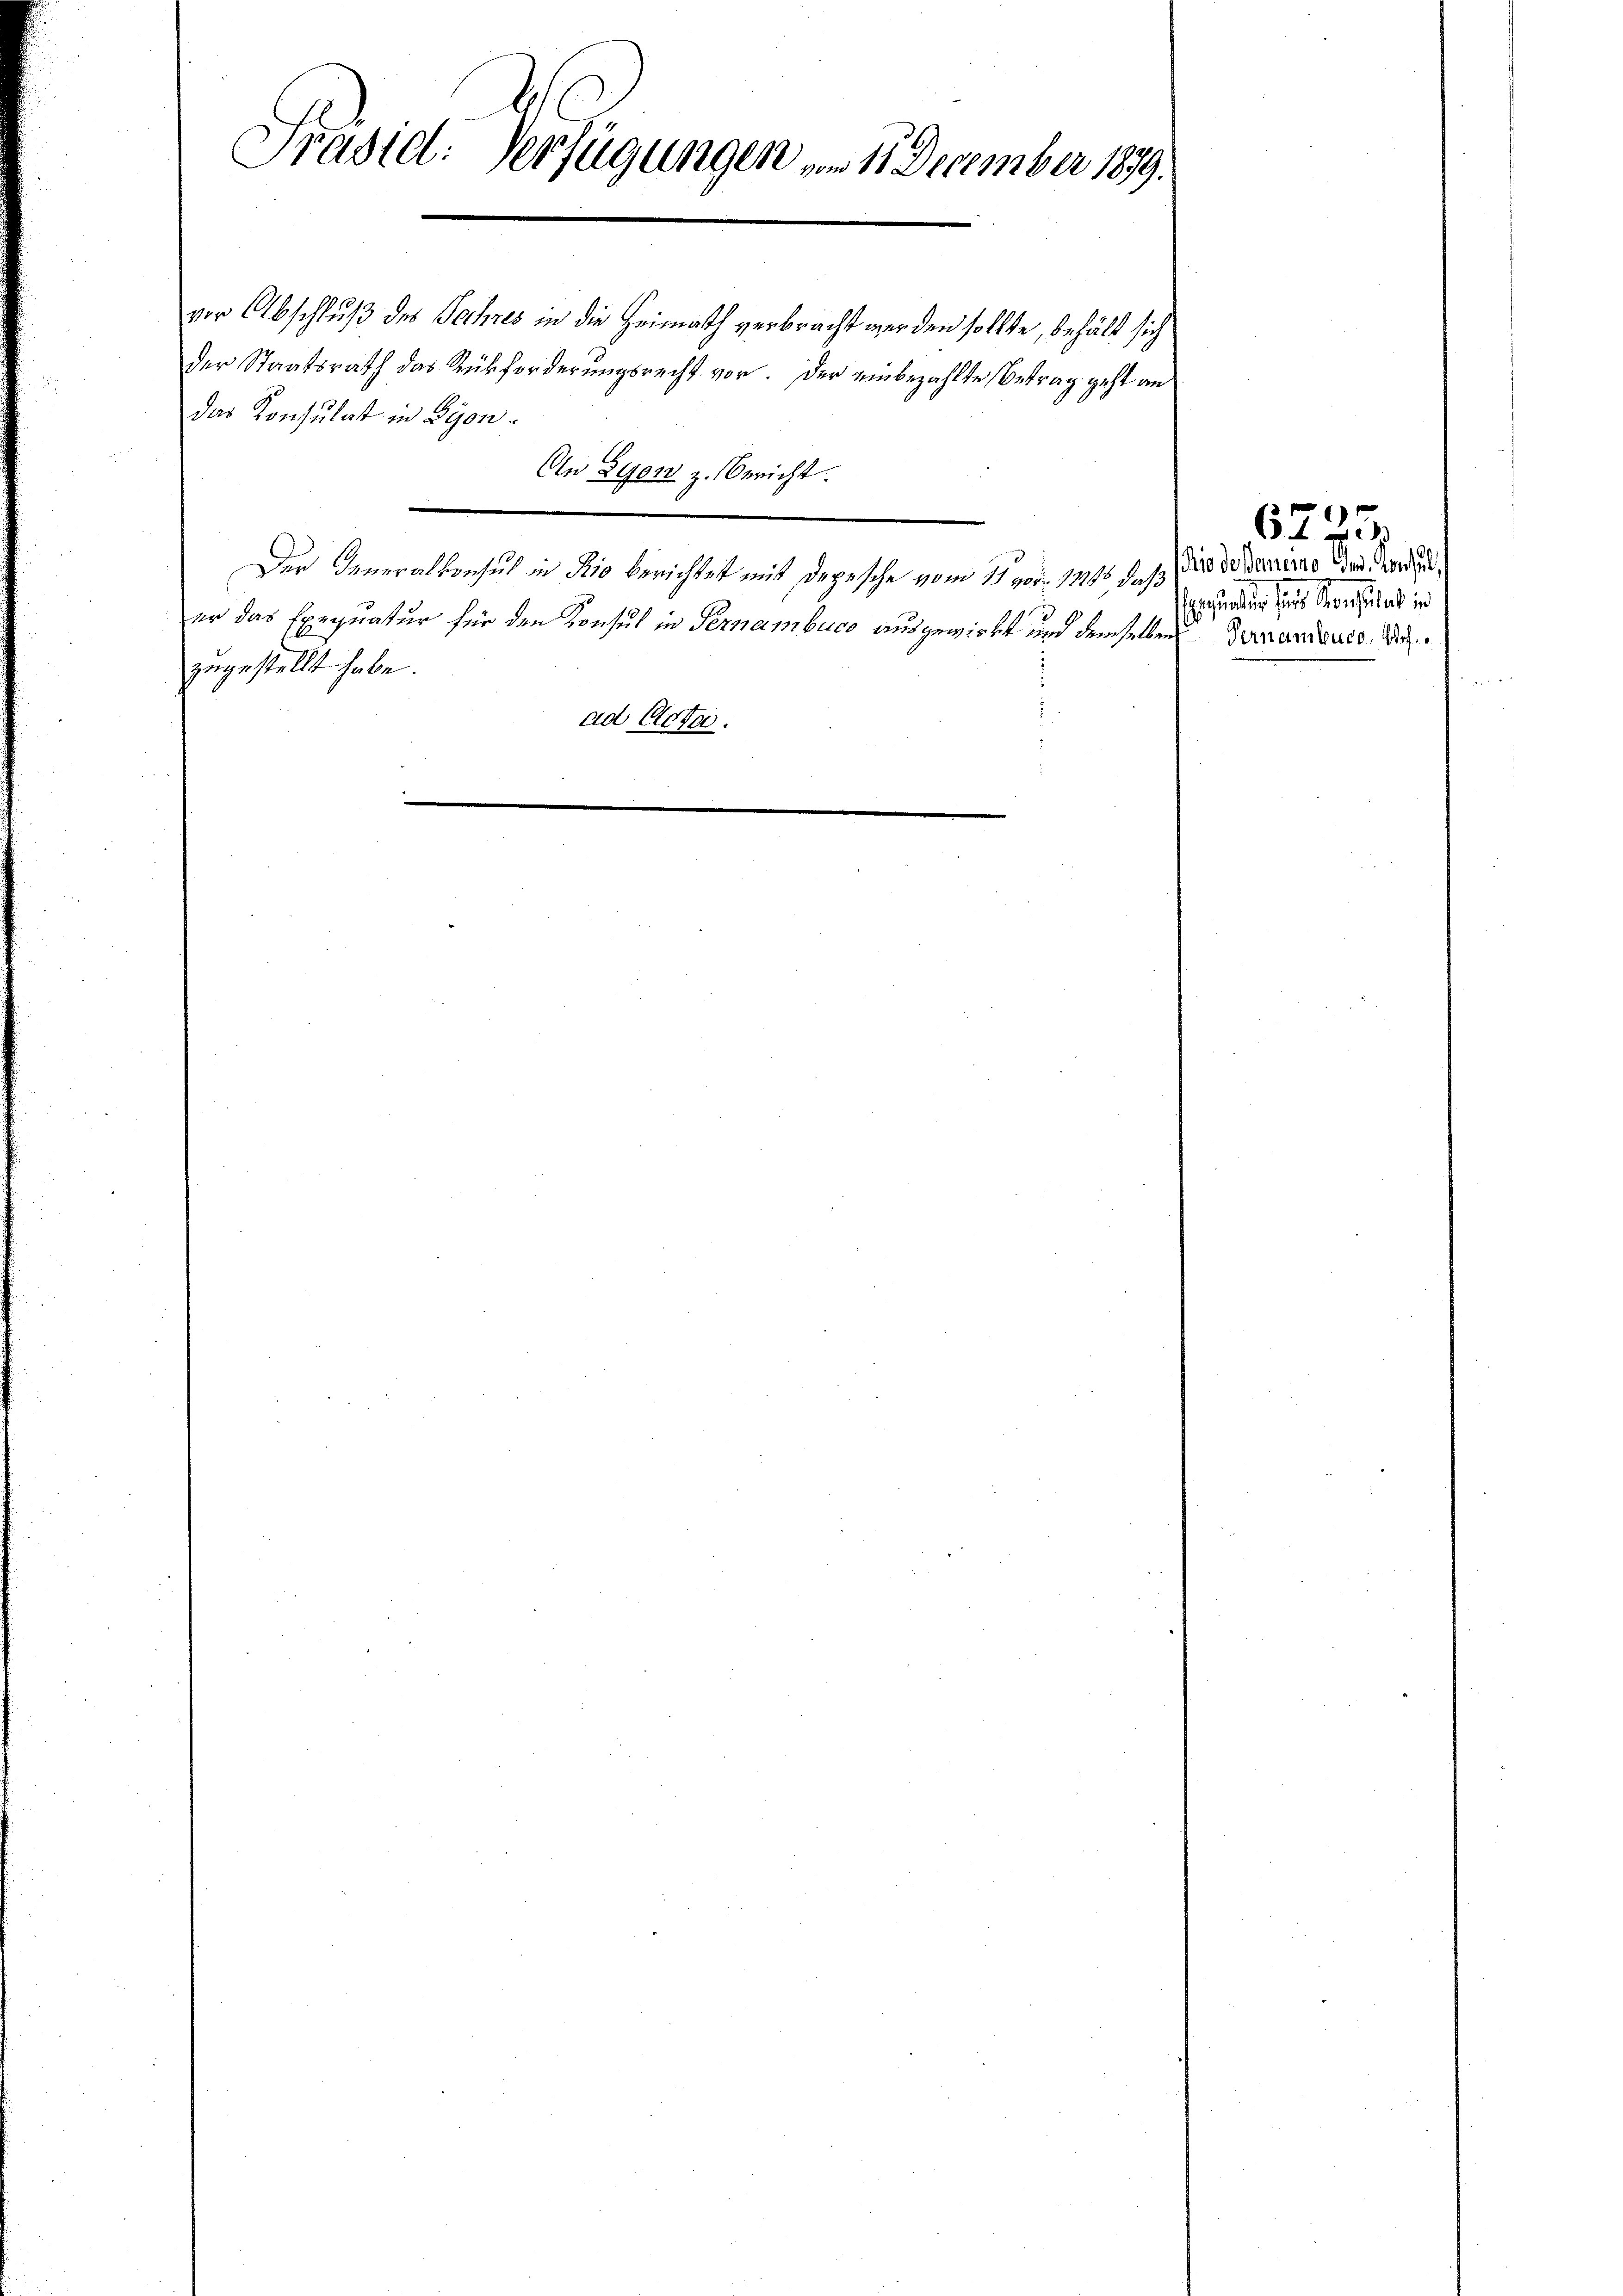
Präsid. Verfügungen vom 11. December 1879.

vor Abschluß des Jahres in die Heimath verbracht werden sollte, behält sich
der Staatsrath das Rückforderungsrecht vor. Der einbezahlte Betrag geht an
das Konsulat in Lyone
Der Generalkonsul in Rio berichtet mit Depesche vom 11. von 1815. das Podonominio der Gewand
er das Exequatur für den Konsul in Fernembuco ausgewirkt und demselben Verwandeurs, de
zugestellt habe.
ad Acta.

An Lyon z. Bericht.

Ehefrauer für Konsulat in

6725.